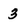
Character: 3